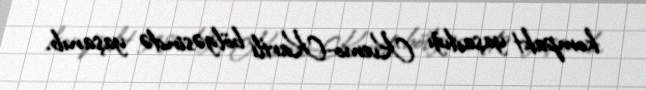
kompakt yaşadığı Kvemo-Kartli bölgəsində yaşanıb.